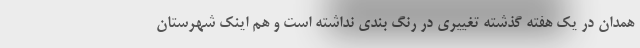
همدان در یک هفته گذشته تغییری در رنگ بندی نداشته است و هم اینک شهرستان